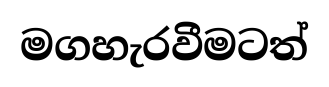
මගහැරවීමටත්